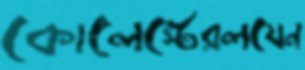
কোলেস্টেরলযেন